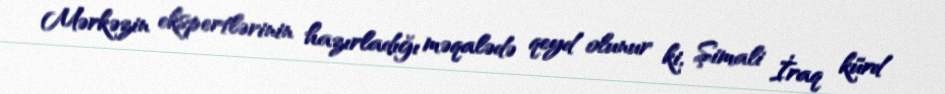
Mərkəzin ekspertlərinin hazırladığı məqalədə qeyd olunur ki, Şimali İraq kürd